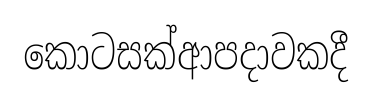
කොටසක්ආපදාවකදී